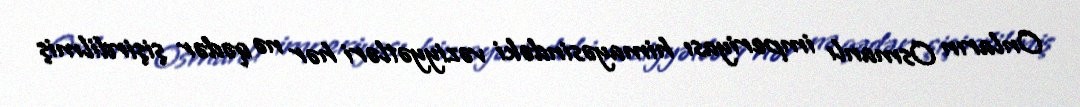
Onların Osmanlı imperiyası himayəsindəki vəziyyətləri hər nə qədər şişirdilmiş